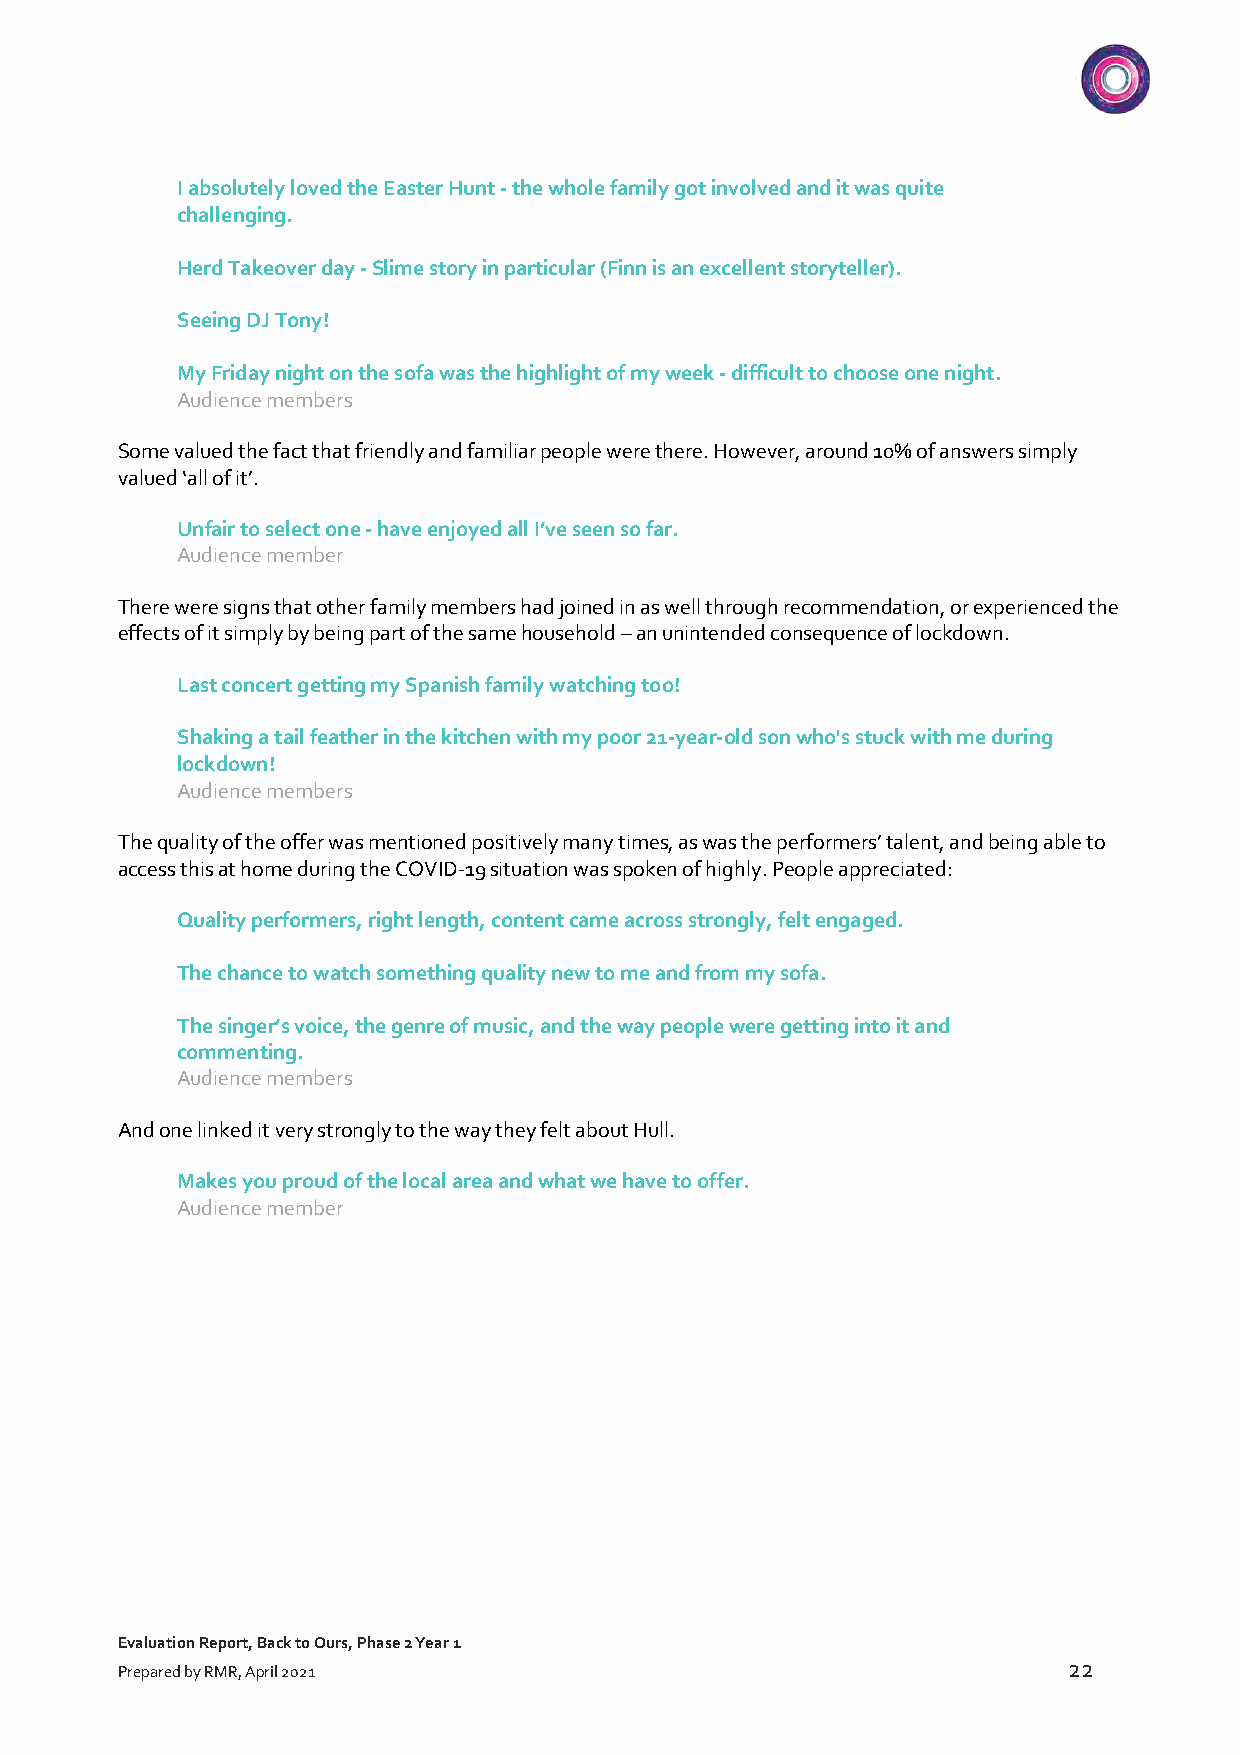
I absolutely loved the Easter Hunt - the whole family got involved and it was quite
 challenging.
 Herd Takeover day - Slime story in particular (Finn is an excellent storyteller).
 Seeing DJ Tony!
 My Friday night on the sofa was the highlight of my week - difficult to choose one night.
 Audience members
 Some valued the fact that friendly and familiar people were there. However, around 10% of answers simply
 valued ‘all of it’.
 Unfair to select one - have enjoyed all I’ve seen so far.
 Audience member
 There were signs that other family members had joined in as well through recommendation, or experienced the
 effects of it simply by being part of the same household – an unintended consequence of lockdown.
 Last concert getting my Spanish family watching too!
 Shaking a tail feather in the kitchen with my poor 21-year-old son who's stuck with me during
 lockdown!
 Audience members
 The quality of the offer was mentioned positively many times, as was the performers’ talent, and being able to
 access this at home during the COVID-19 situation was spoken of highly. People appreciated:
 Quality performers, right length, content came across strongly, felt engaged.
 The chance to watch something quality new to me and from my sofa.
 The singer’s voice, the genre of music, and the way people were getting into it and
 commenting.
 Audience members
 And one linked it very strongly to the way they felt about Hull.
 Makes you proud of the local area and what we have to offer.
 Audience member
 Evaluation Report, Back to Ours, Phase 2 Year 1
 22
 Prepared by RMR, April 2021